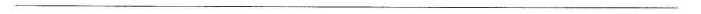
__________________________________________________________